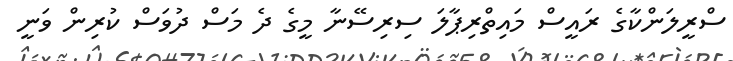
ސްރީލަންކާގެ ރައީސް މައިތްރިޕާލަ ސިރިސޭނާ މީގެ ދެ މަސް ދުވަސް ކުރިން ވަނީ